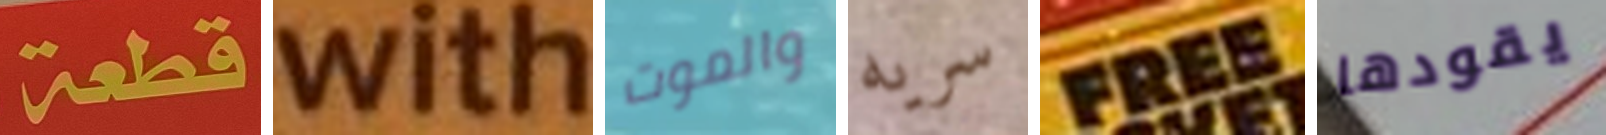
قطعة with والموت سريه FREE يقودها